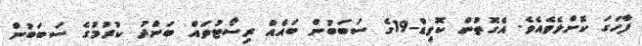
ފާހަގަ ކޮށްލެވެއެވެ. އެގޮތުން ކޮވިޑް-19ގެ ސަބަބުން ބައެއް ރިސޯޓުތައް ބަންދު ކުރުމުގެ ސަބަބުން